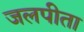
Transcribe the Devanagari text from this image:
जलपीता